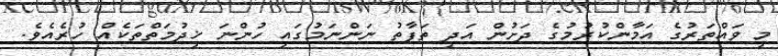
މި ވައްތަރުގެ އަމާންކުރުމުގެ ދަށުން އަދި ތަފާތު ނަންނަމުގައި ހުންނަ ޚިދުމަތްތަކެއް ހުރެއެވެ.